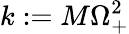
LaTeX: k:=M\Omega_{+}^{2}